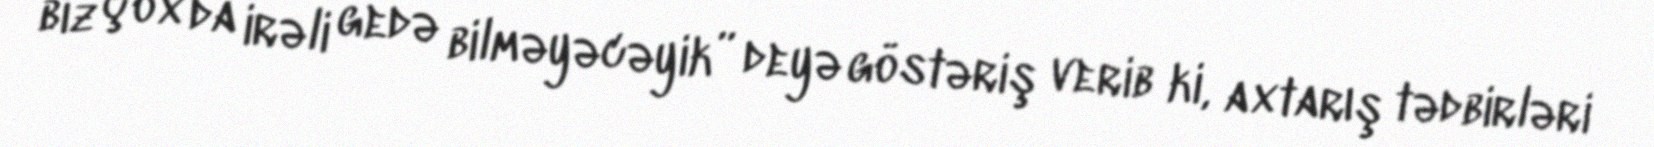
biz çox da irəli gedə bilməyəcəyik” deyə göstəriş verib ki, axtarış tədbirləri